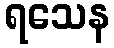
ရသေန